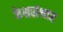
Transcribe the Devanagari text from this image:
केशसंभार